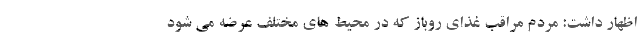
اظهار داشت: مردم مراقب غذای روباز که در محیط های مختلف عرضه می شود